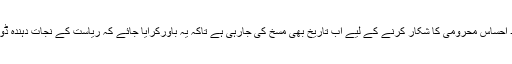
مسلم آبادی کو مزید احساس محرومی کا شکار کرنے کے لیے اب تاریخ بھی مسخ کی جارہی ہے تاکہ یہ باورکرایا جائے کہ ریاست کے نجات دہندہ ڈوگرہ حکمران تھے۔